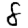
Digit: 8